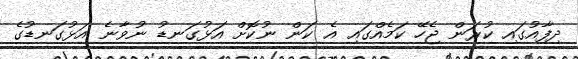
ދިފާއުގައި ކުރަން ޖެހޭ ކަމެއްގައި އެ ކަން ނުކޮށް އަޅުގަނޑު ނުވާނެ އަޅުގަނޑުގެ